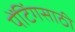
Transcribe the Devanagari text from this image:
पेंटिंगसाठी